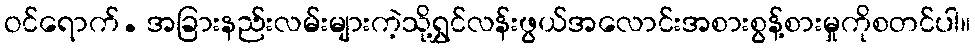
ဝင်ရောက်. အခြားနည်းလမ်းများကဲ့သို့ရွှင်လန်းဖွယ်အလောင်းအစားစွန့်စားမှုကိုစတင်ပါ။